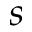
s